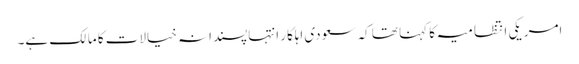
امریکی انتظامیہ کا کہنا تھا کہ سعودی اہلکار انتہاپسندانہ خیالات کا مالک ہے۔